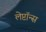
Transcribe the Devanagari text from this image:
लेप्टॉन्स